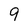
Character: 9